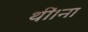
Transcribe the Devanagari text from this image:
थीं।ना